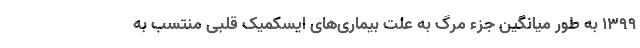
۱۳۹۹ به طور میانگین جزء مرگ به علت بیماری‌های ایسکمیک قلبی منتسب به